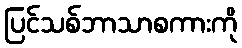
ပြင်သစ်ဘာသာစကားကို